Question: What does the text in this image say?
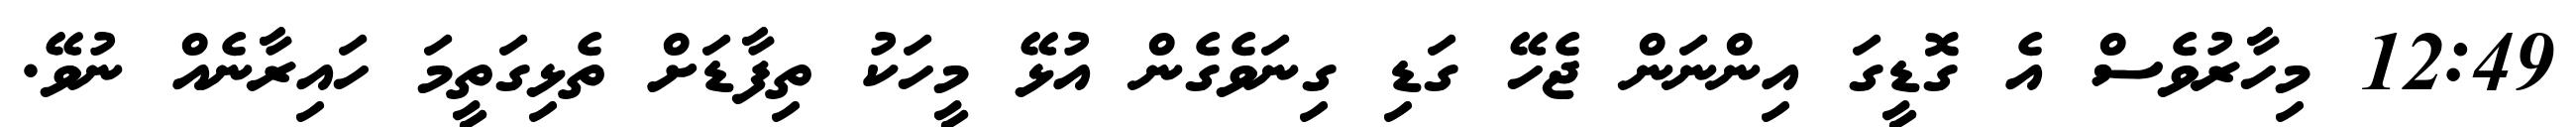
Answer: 12:49 މިހާރުވެސް އެ ގޮޑީގަ އިންނަން ޖެހޭ ގަޑި ގިނަވެގެން އުޅޭ މީހަކު ތިފާޑަށް ތެޅިގަތީމަ ހައިރާނެއް ނުވޭ.